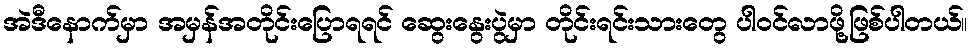
အဲဒီနောက်မှာ အမှန်အတိုင်းပြောရရင် ဆွေးနွေးပွဲမှာ တိုင်းရင်းသားတွေ ပါဝင်လာဖို့ဖြစ်ပါတယ်။